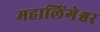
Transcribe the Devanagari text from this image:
महालिंगेश्वर